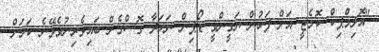
"އޮލިމްޕިކް ކޮމެޓީ އަށް ފަހުން ޔަގީންވީ ޑޯޕިން ނަހަދާ ގޮސްގެން ބައިވެރިނުވެވޭނެ ކަމަށް.